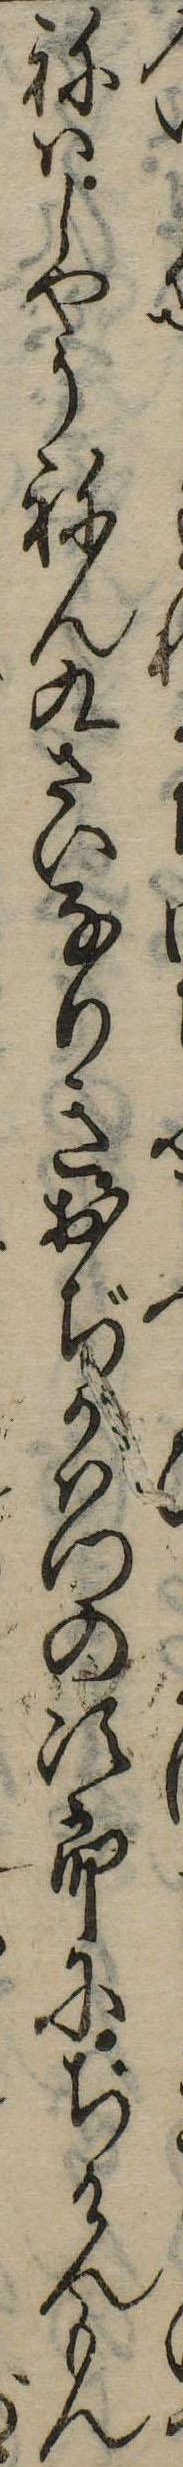
ねはしやうねん九さいなりきおぢかはつの次郎にぢけんもん